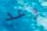
وعد